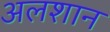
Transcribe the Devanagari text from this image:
अलशान